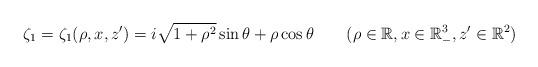
LaTeX: \begin{align*}\zeta_1 = \zeta_1(\rho, x, z') = i\sqrt{1+\rho^2}\sin\theta+\rho\cos\theta\qquad(\rho \in \Bbb R, x \in \Bbb R^3_-, z' \in \Bbb R^2)\end{align*}